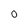
Character: O